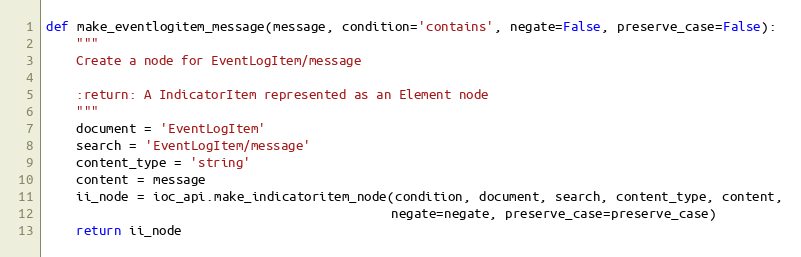
Language: Python
def make_eventlogitem_message(message, condition='contains', negate=False, preserve_case=False):
    """
    Create a node for EventLogItem/message

    :return: A IndicatorItem represented as an Element node
    """
    document = 'EventLogItem'
    search = 'EventLogItem/message'
    content_type = 'string'
    content = message
    ii_node = ioc_api.make_indicatoritem_node(condition, document, search, content_type, content,
                                              negate=negate, preserve_case=preserve_case)
    return ii_node